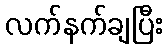
လက်နက်ချပြီး